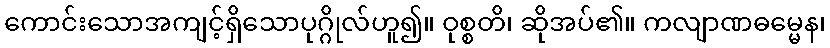
ကောင်းသောအကျင့်ရှိသောပုဂ္ဂိုလ်ဟူ၍။ ဝုစ္စတိ၊ ဆိုအပ်၏။ ကလျာဏဓမ္မေန၊